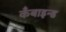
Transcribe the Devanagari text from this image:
कँबाइन्ड